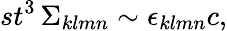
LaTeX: st^{3}\, \Sigma_{klmn}\sim\epsilon_{klmn}c,